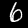
Digit: 6